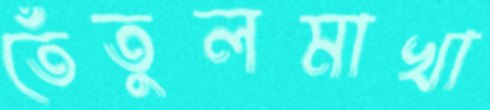
তেঁতুলমাখা